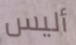
أليس